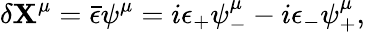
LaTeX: \delta\mathbf{X}^{\mu}=\bar{{\epsilon}}\psi^{\mu}=i\epsilon_{+}\psi_{-}^{\mu}-i\epsilon_{-}\psi_{+}^{\mu},